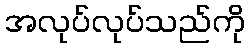
အလုပ်လုပ်သည်ကို